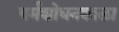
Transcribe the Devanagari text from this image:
चर्मशोधनशाला